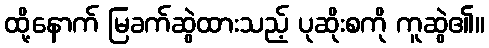
ထို့နောက် မြခက်ဆွဲထားသည့် ပုဆိုးစကို ကူဆွဲ၏။